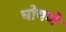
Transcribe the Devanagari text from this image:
घोषणे